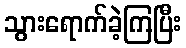
သွားရောက်ခဲ့ကြပြီး